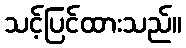
သင့်ပြင်ထားသည်။